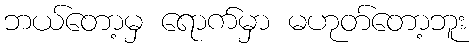
ဘယ်တော့မှ ရောက်မှာ မဟုတ်တော့ဘူး